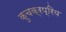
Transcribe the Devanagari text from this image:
कुचक्रप्रिय